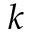
k